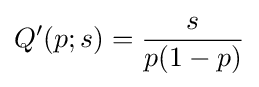
Q'(p;s)={\frac {s}{p(1-p)}}